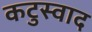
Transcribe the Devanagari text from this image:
कटुस्वाद